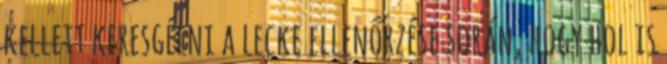
kellett keresgélni a lecke ellenőrzése során, hogy hol is